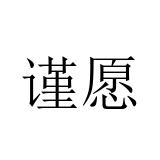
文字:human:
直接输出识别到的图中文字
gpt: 谨愿